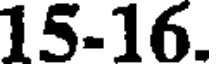
15-16.